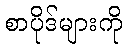
စာပိုဒ်များကို